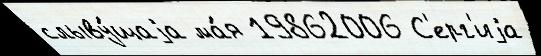
слыву́щаjа ма́я 19862006 С'ерг'иjа